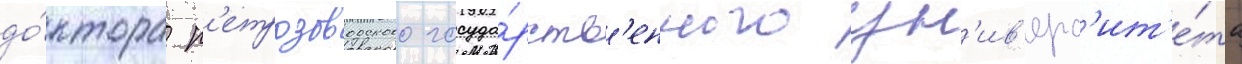
до́ктора п'етрозаводского госуда́рств'енного ун'ив'ерс'ит'е́та